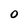
Character: 0